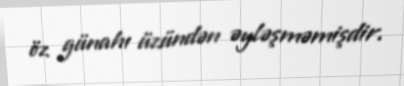
öz günahı üzündən əyləşməmişdir.